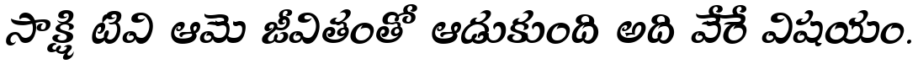
సాక్షి టివి ఆమె జీవితంతో ఆడుకుంది అది వేరే విషయం.